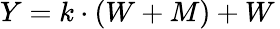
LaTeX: \textstyle Y=k\cdot(W+M)+W\,